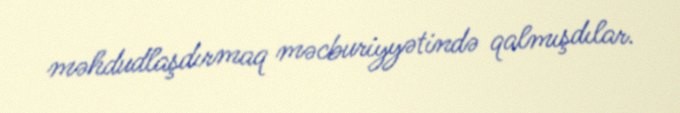
məhdudlaşdırmaq məcburiyyətində qalmışdılar.